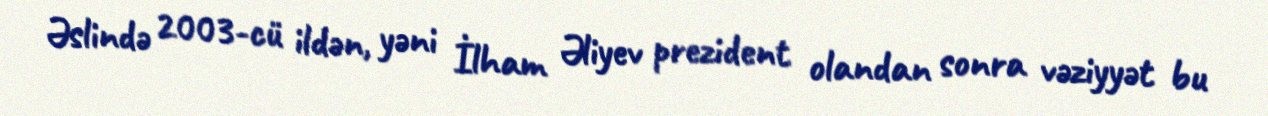
Əslində 2003-cü ildən, yəni İlham Əliyev prezident olandan sonra vəziyyət bu